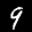
Label: 9